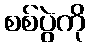
စစ်ပွဲကို